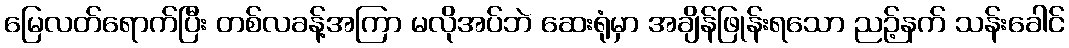
မြေလတ်ရောက်ပြီး တစ်လခန့်အကြာ မလိုအပ်ဘဲ ဆေးရုံမှာ အချိန်ဖြုန်းရသော ညဉ့်နက် သန်းခေါင်